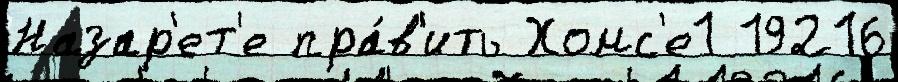
Назар'ет'е пра́в'ить Хомс'е1 19216